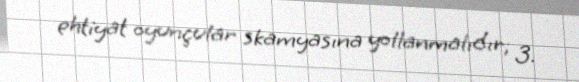
ehtiyat oyunçular skamyasına yollanmalıdır; 3.